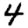
Digit: 4